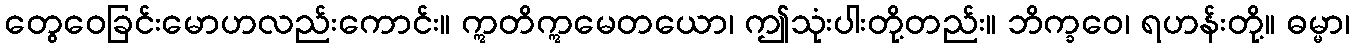
တွေဝေခြင်းမောဟလည်းကောင်း။ ဣတိဣမေတယော၊ ဤသုံးပါးတို့တည်း။ ဘိက္ခဝေ၊ ရဟန်းတို့။ ဓမ္မာ၊